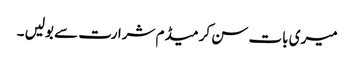
میری بات سن کر میڈم شرارت سے بولیں ۔